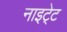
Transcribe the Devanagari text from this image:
नाइटे्ट